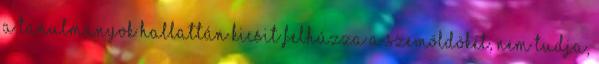
A tanulmányok hallattán kicsit felhúzza a szemöldökét, nem tudja,